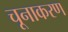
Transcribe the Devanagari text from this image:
चूनाकरण